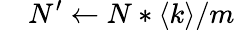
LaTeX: \quad{N^{\prime}\gets N*\left\langle k\right\rangle/m}